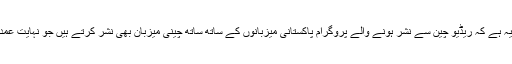
ایک دلچسپ بات یہ ہے کہ ریڈیو چین سے نشر ہونے والے پروگرام پاکستانی میزبانوں کے ساتھ ساتھ چینی میزبان بھی نشر کرتے ہیں جو نہایت عمدہ اردو بولتے ہیں۔